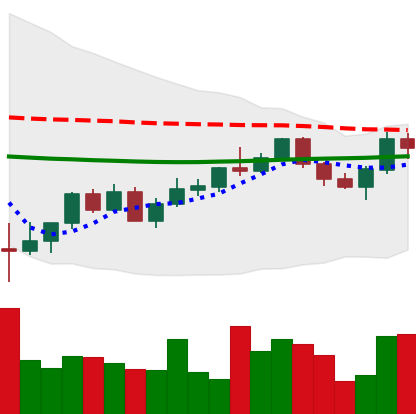
Ticker: XMR-USD
Chart end date: 2022-05-31
Forward return: -5.317%
Label: down_5_7